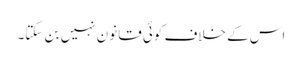
اس کے خلاف کوئی قانون نہیں بن سکتا۔